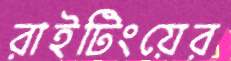
রাইটিংয়ের